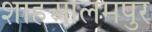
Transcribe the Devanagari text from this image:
शाहआलमपुर